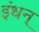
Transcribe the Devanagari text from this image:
इंधन्